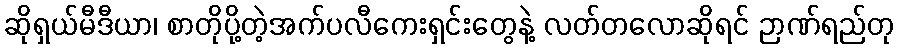
ဆိုရှယ်မီဒီယာ၊ စာတိုပို့တဲ့အက်ပလီကေးရှင်းတွေနဲ့ လတ်တလောဆိုရင် ဉာဏ်ရည်တု